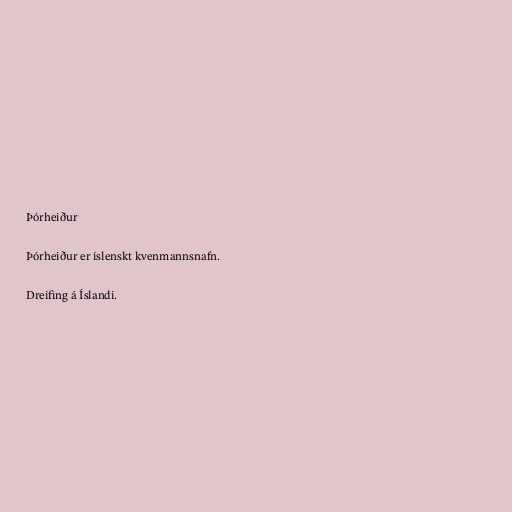
Þórheiður

Þórheiður er íslenskt kvenmannsnafn.

Dreifing á Íslandi.